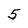
Character: 5